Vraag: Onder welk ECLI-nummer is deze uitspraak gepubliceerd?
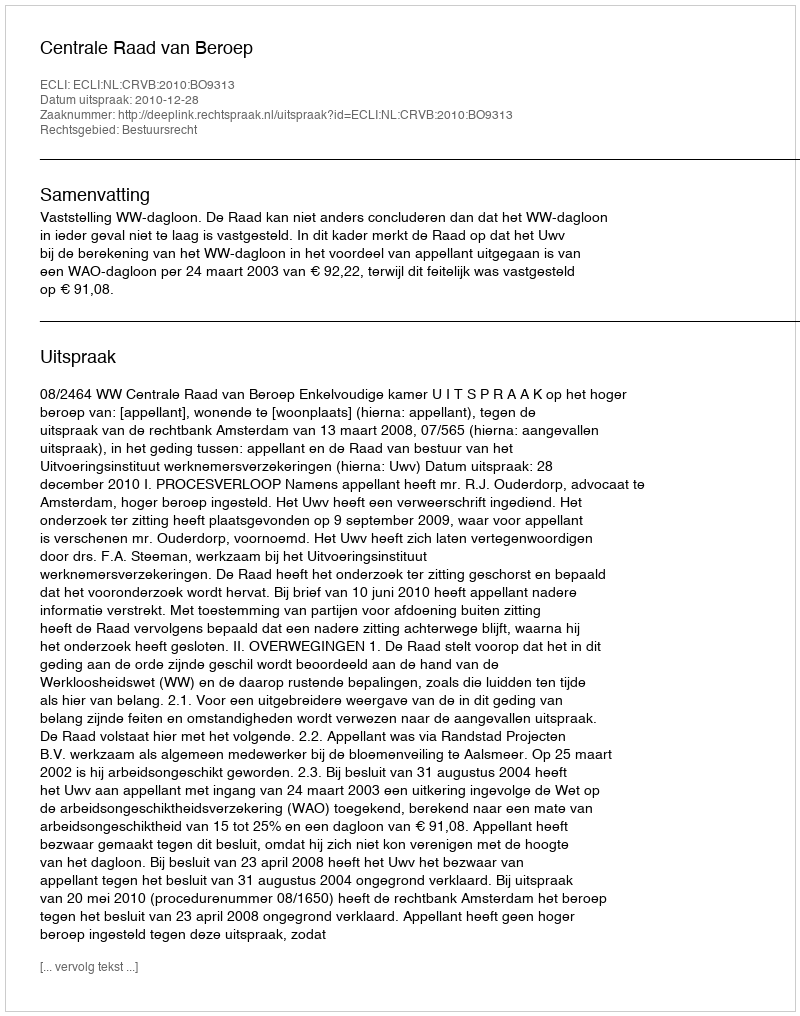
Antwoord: ECLI:NL:CRVB:2010:BO9313